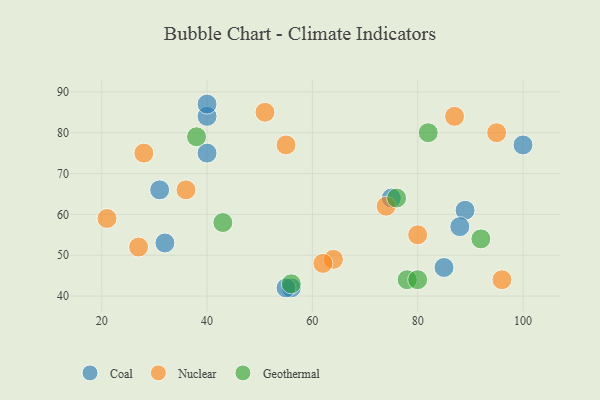
{"axis": {"x": "GDP", "y": "Life Expectancy"}, "legend": ["Coal", "Geothermal", "Nuclear"], "data": [{"x": "40", "y": 84, "type": "Coal"}, {"x": "56", "y": 42, "type": "Coal"}, {"x": "55", "y": 42, "type": "Coal"}, {"x": "40", "y": 87, "type": "Coal"}, {"x": "85", "y": 47, "type": "Coal"}, {"x": "89", "y": 61, "type": "Coal"}, {"x": "100", "y": 77, "type": "Coal"}, {"x": "40", "y": 75, "type": "Coal"}, {"x": "88", "y": 57, "type": "Coal"}, {"x": "32", "y": 53, "type": "Coal"}, {"x": "75", "y": 64, "type": "Coal"}, {"x": "31", "y": 66, "type": "Coal"}, {"x": "80", "y": 55, "type": "Nuclear"}, {"x": "36", "y": 66, "type": "Nuclear"}, {"x": "21", "y": 59, "type": "Nuclear"}, {"x": "95", "y": 80, "type": "Nuclear"}, {"x": "74", "y": 62, "type": "Nuclear"}, {"x": "27", "y": 52, "type": "Nuclear"}, {"x": "64", "y": 49, "type": "Nuclear"}, {"x": "87", "y": 84, "type": "Nuclear"}, {"x": "96", "y": 44, "type": "Nuclear"}, {"x": "55", "y": 77, "type": "Nuclear"}, {"x": "51", "y": 85, "type": "Nuclear"}, {"x": "62", "y": 48, "type": "Nuclear"}, {"x": "28", "y": 75, "type": "Nuclear"}, {"x": "43", "y": 58, "type": "Geothermal"}, {"x": "82", "y": 80, "type": "Geothermal"}, {"x": "78", "y": 44, "type": "Geothermal"}, {"x": "92", "y": 54, "type": "Geothermal"}, {"x": "80", "y": 44, "type": "Geothermal"}, {"x": "38", "y": 79, "type": "Geothermal"}, {"x": "76", "y": 64, "type": "Geothermal"}, {"x": "56", "y": 43, "type": "Geothermal"}]}